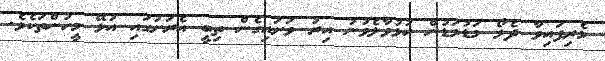
މެރިފައިވާ ދެލޯ މަޑުމަޑުން ހުޅުވާލެވުނު އިރު ވަށައިގެން ތިބީ އެރަށުގައި އުޅޭ މީހުންތަކެވެ.